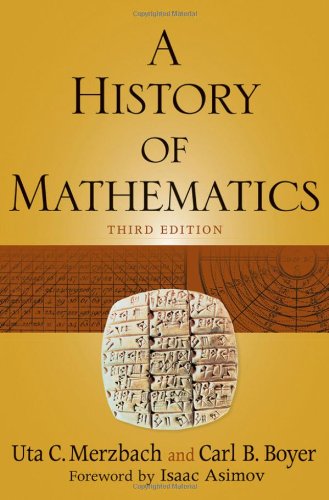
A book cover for A History of Mathematics; Carl B. Boyer; Science & Math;